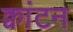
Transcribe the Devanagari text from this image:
क्वांटन